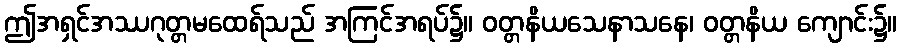
ဤအရှင်အဿဂုတ္တမထေရ်သည် အကြင်အရပ်၌။ ဝတ္တနိယသေနာသနေ၊ ဝတ္တနိယ ကျောင်း၌။